Annual report on the working of the lock hospitals in the North-Western Provinces and Oudh
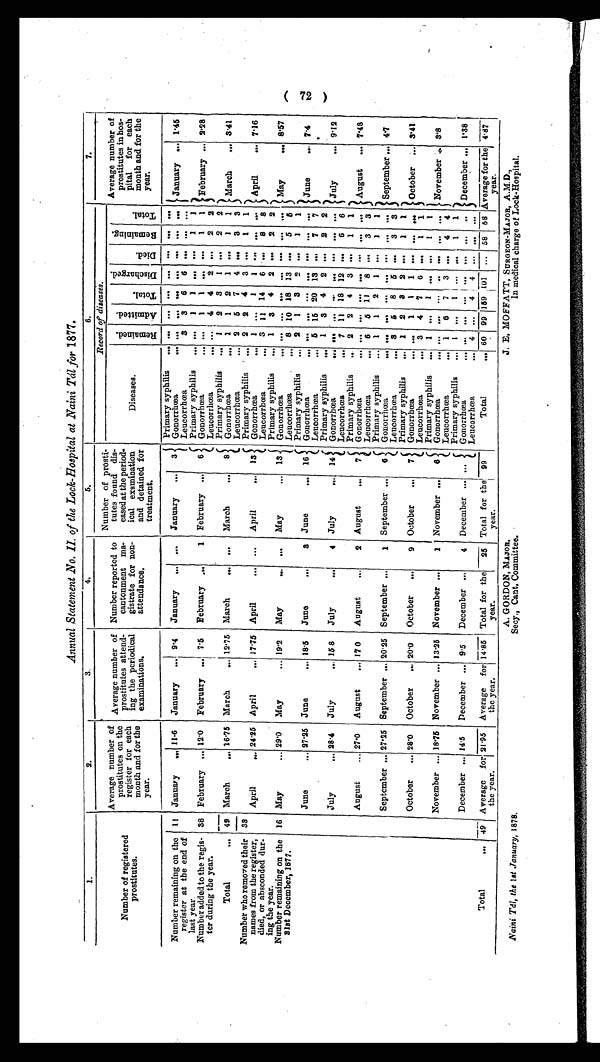
A. GORDON, MAJOR,
Secy., Cant, Committee.
J. E. MOFFATT, SURGEON-MAJOR, A.M.D.,
In medical charge of Lock-Hospital.
Annual ' Statement .No. II. of the Lock-Hospital at Naini Tail for 1877.
-
1.
2.
3.
4.
.
6.
7.
Number of registered
prostitutes.
Average number of
prostitutes on the
register for each
month and for the
year.
Average number of
prostitutes attend-
ing the periodical
examinations.
Number reported to
cantonment ma-
gistrate for non-
attendance,
Number of prosti-
tutes found dis-
eased at the period-
ical examination
and detained for
treatment,
Record of disease's.
Average number
prostitutes
petal for
month and
year.
of
in hos-
each
for the
Diseases.
ni CL)
.5 a
a
a)
g
mi w
'4
. , -. ,
a
no
44
.
J—e
4 0
E4
rd cl ,
..to
Fs
,c4
Q
. rn
1. 4
-
"'I .4) cS
a pi
— 1: 1
.-. ca
PI
.
...i 4 0
Et
( Primary syphilis ... ... ... ... ... ... . . . ...
Number remaining on the
register at the end of
last year.
11 January ,„ 11-6 January ...1 9 . 4 January ... ... January ... 3 1 Gonorrhcea.
. . . ... ... ... .. . . . . . . . . . January . . . 1.46
I Leucorrhcea
3 3 6 6 .e. .4 .. .
1
Primary syphilis ... ... I 1 ... ... I I
Number added to the regis-
ter during the year.
38 February ,.. 12.0 February ...I 7.5 February ... 1 February ... 6 Gonorrhcea
... .. 1 1 . . . . . . 1 1 February ... 2.28
I
Leucorrhcea
... ... 4 4 2 ... 2 2
am+
Primary syphilis ... 1 2 8 1 ... 2 2
Total
... 49 March
,.. 1615 March
... 1215 March
... . . . March
... 8 Gonorrhcea
... 1 1 2 1 ... 1 1 March
. . . 3'41
—
Leucorrhcea
. . . 2 5 7 4 ... 3 3
Number who removed their
names from the register,
died, or absconded dm..
ing the year.
33
Primary syphilis . ... 2 2 4 3 -. 1 1
April
,,. 24.25 April
... 1715 April
... ... April
... 13 Gonorrhoea
.4 I . . . I I . as . . . ... April ... 7.16
Leucorrhcea
... 3 11 14 6 . ... 8 8
Primary syphilis ... 1 3 4 2 ... 2 2
Number remaining on the
31st December, 1877.
16 May
... 29.0 May
... 191 May
Ns O. May
— 13 Gonorrhoea
... .. . . . 1, 4. . . . . . . . . . ,.. May
... 817
Leucorrhoea
8 10 18 13 ... 5 5
Primary syphilis .., 2 1 3 2 ... 1 1
June
... 2715 June
... 18' 6 June
. . . 3 June
... 16 Gonorrhoe
. . . . ... . . . . . . . . . . . . . ... June
.., 7'4
Leucorrhcea
. . . 5 16 20 13 ... 7 7
.
Primary syphilis ... 1 3 4 2 ... 2 2
July
... 28.4 July
,.. 15 8 July
. . 4 July
... 14 Gonorrhcea
II. . nil a.. . . . ..
. . . ... ... July
. . . 9.12
Leucorrhcea
... 7 11 18 12 ... 6 6 1
Primary syphilis .. 2 2 4 3 ... 1 1
August ... 27.0 A ugust ... 17 0 August
. . . 2 August ... 7 Gonorrhcea
... 4. . . . . . . . . . . . . WI .. August ... 7.48.
Leucorrhcea
.., 6 5 11 8 ... 3 3
( Primary syphilis ... 1 1 2 1 ... ] I
September ... 27'25 September ... 2025 September ... 1 September ... 6 Gonorrhcea
. . . MI I. . . . . . . . . . . . . . . . September ... 4' 7
( Leucorrhcea
... 3 5 8 6 ... 3 3
Primary syphilis ... 1 2 8 2 ... 1 1
October ... 28.0 October ... 20.0 October ... 9 October ... 7 Gonorrhcea
... ... 1 1 1
. . . . . . ... October ... 3'41
Leucorrhma
... 3 4 7 6 .., 1 1
Primary syphilis ... 1 ... 1 .4 4. I I
November ... 1815 November ... 1316 November ... 1 November ... 8 Gonorrhoea
. . . . . . ... . . . .. ... ... ... November 4. . 3'8
Leucorrhcea
. . . 1 6 7 j 3 ... 4 4
Primary syphilis ... 1 ,.. 1 ... ,.. 1 1
December ,.. 14.6 December ... 9.5 December ..- 4 December ... ... Gonorrhea
... .. . . . . . ... . . . . . . . . December 1, 11 1' 38
--
.
___
Leucorrhcea
... 4 ... 4 4 ... ,,, ,,,
Total
... .9 Average for,
the year. I
2115 Average for
the year.
1415 Total for the
year.
25 Total for the
year.
I 99
Total
... 60 99 1159 I
,101 ... 58 68 !Average for the
year.
4.87 I